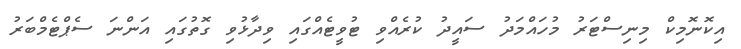
އިކޮނޮމިކް މިނިސްޓަރު މުހައްމަދު ސައީދު ކުރެއްވި ޓުވީޓެއްގައި ވިދާޅުވި ގޮތުގައި އަންނަ ސެޕްޓެމްބަރު